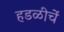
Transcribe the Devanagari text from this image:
हडळीचें